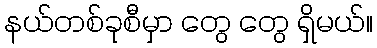
နယ်တစ်ခုစီမှာ တွေ တွေ ရှိမယ်။